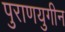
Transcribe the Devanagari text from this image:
पुराणयुगीन